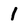
Character: 1